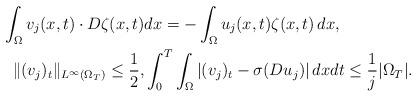
LaTeX: \begin{align*} \int_\Omega v_j(x,t)\cdot D\zeta(x,t)&dx =-\int_\Omega u_j(x,t)\zeta(x,t)\,dx,\\ \|(v_j)_t\|_{L^\infty(\Omega_T)} \le \frac{1}{2},&\int_0^T\int_\Omega |(v_j)_t-\sigma(Du_j)|\,dxdt \leq\frac{1}{j}|\Omega_T|.\end{align*}